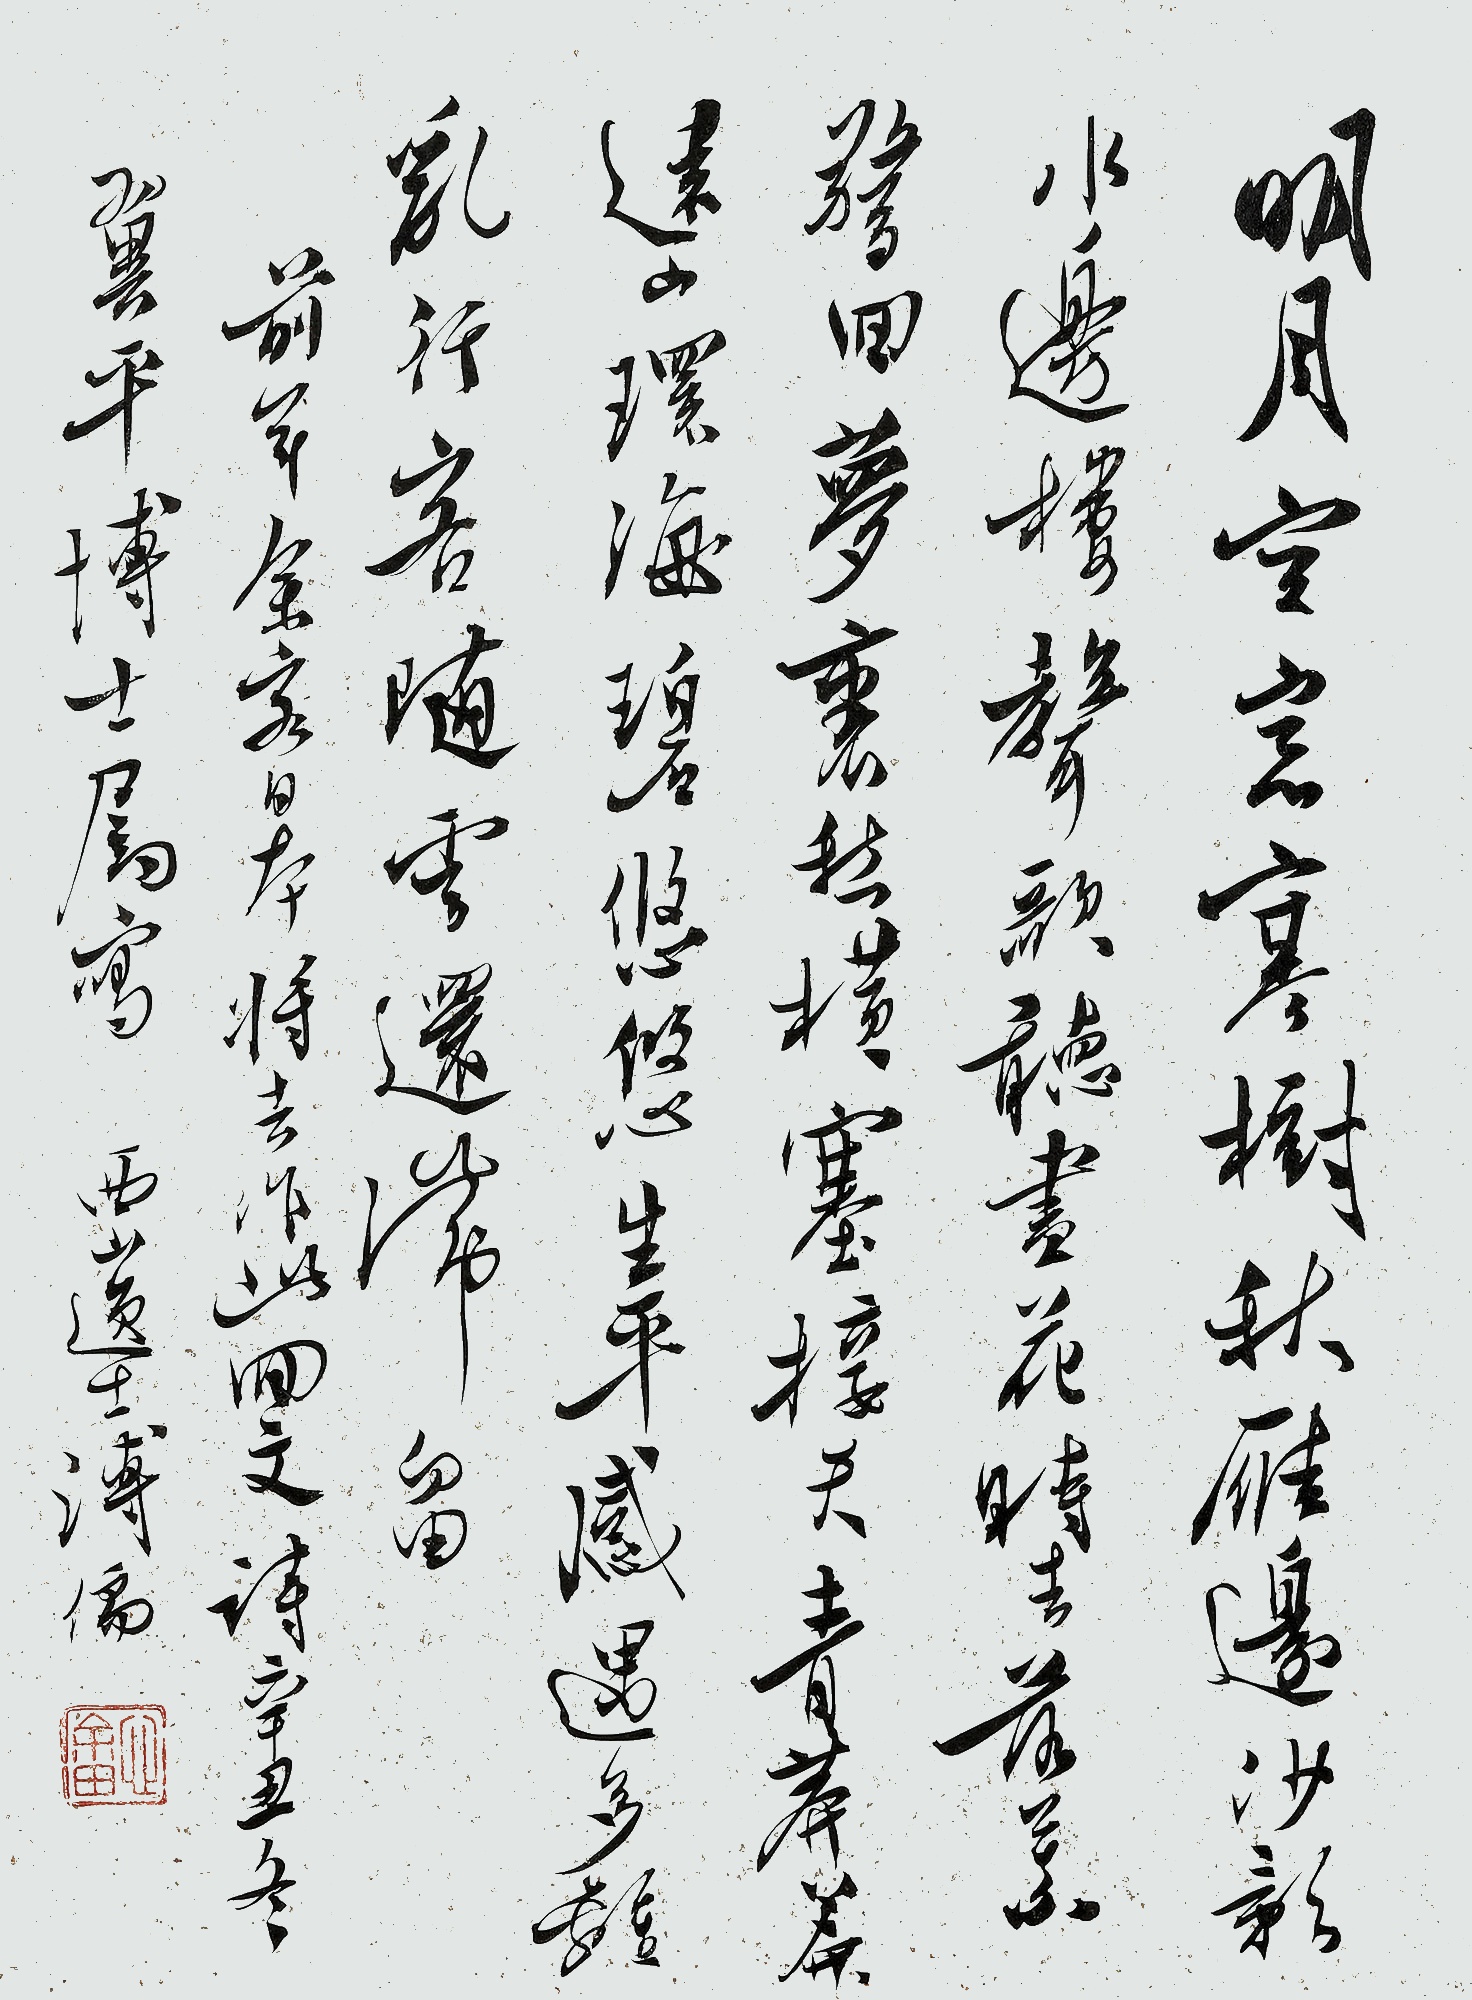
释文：明月空窗寒树秋，雁边妙影水边楼。声歌听尽花时去，落叶惊回梦里愁。横塞接天春榛莽，远山环海碧悠悠。生平感遇多离乱，行客随云还滞留。前年余客日本将去，作此回文诗。辛丑冬翼平博士属写，西山逸士溥儒。